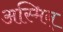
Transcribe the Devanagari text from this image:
अस्मिन्‌